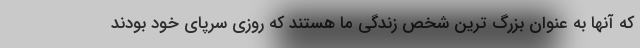
که آنها به عنوان بزرگ ترین شخص زندگی ما هستند که روزی سرپای خود بودند